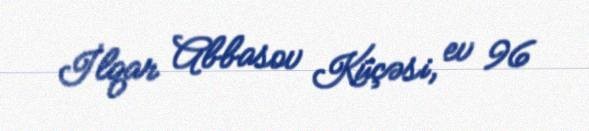
İlqar Abbasov Küçəsi, ev 96